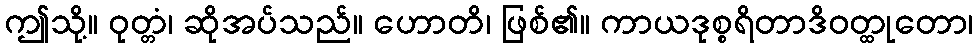
ဤသို့။ ဝုတ္တံ၊ ဆိုအပ်သည်။ ဟောတိ၊ ဖြစ်၏။ ကာယဒုစ္စရိတာဒိဝတ္ထုတော၊